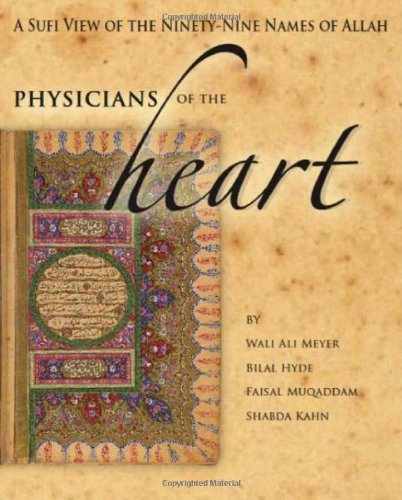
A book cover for Physicians of the Heart: A Sufi View of the 99 Names of Allah; Wali Ali Meyer; Religion & Spirituality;